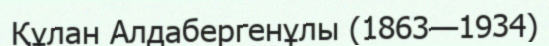
Құлан Алдабергенұлы (1863—1934)